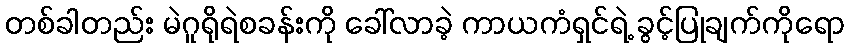
တစ်ခါတည်း မဲဂူရိုရဲစခန်းကို ခေါ်လာခဲ့ ကာယကံရှင်ရဲ့ ခွင့်ပြုချက်ကိုရော